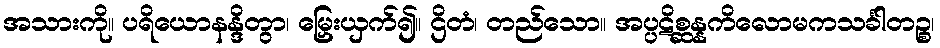
အသားကို။ ပရိယောနန္ဒိတွာ၊ မြှေးယှက်၍။ ဌိတံ၊ တည်သော။ အပ္ပဋိစ္ဆန္နကိလောမကသင်္ခါတဉ္စ၊